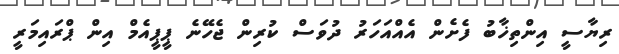
ރިޔާސީ އިންތިޚާބު ފެށެން އެއްއަހަރު ދުވަސް ކުރިން ޖެހޭނެ ޕީޕީއެމް އިން ޕްރައިމަރީ